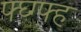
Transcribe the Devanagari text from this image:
फ्घ्ग्फ्ह